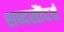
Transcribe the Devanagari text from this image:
शब्दसौंदर्य